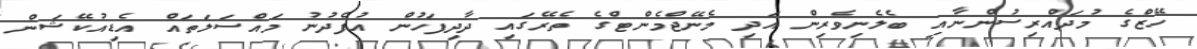
ހޭޒްގެ މުދައްރިސުންނާއި ބެލެނިވެރިން އަދި މެނޭޖްމެންޓްގެ ތެރޭގައި ދާދިފަހުން އުފެދުނު މައްސަލަތައް އެޑިއުކޭޝަން